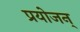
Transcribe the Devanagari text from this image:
प्रयोजन्